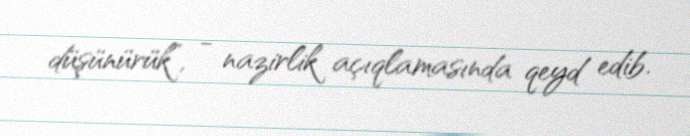
düşünürük”, - nazirlik açıqlamasında qeyd edib.